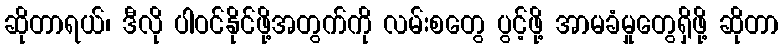
ဆိုတာရယ်၊ ဒီလို ပါဝင်နိုင်ဖို့အတွက်ကို လမ်းစတွေ ပွင့်ဖို့ အာမခံမှုတွေရှိဖို့ ဆိုတာ